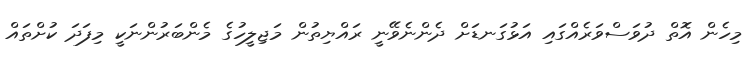
މިހެން އޮތް ދުވަސްވަރެއްގައި އަޅުގަނޑަށް ދެންނެވޭނީ ރައްޔިތުން މަޖިލީހުގެ މެންބަރުންނަކީ މިފަދަ ކުށްތައް